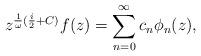
LaTeX: \begin{align*}z^{\frac{1}{\omega} (\frac{i}{2}+C)} f(z) = \sum_{n=0}^{\infty} c_{n}\phi_{n}(z),\end{align*}